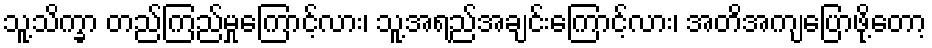
သူ့သိက္ခာ တည်ကြည်မှုကြောင့်လား၊ သူ့အရည်အချင်းကြောင့်လား၊ အတိအကျပြောဖို့တော့